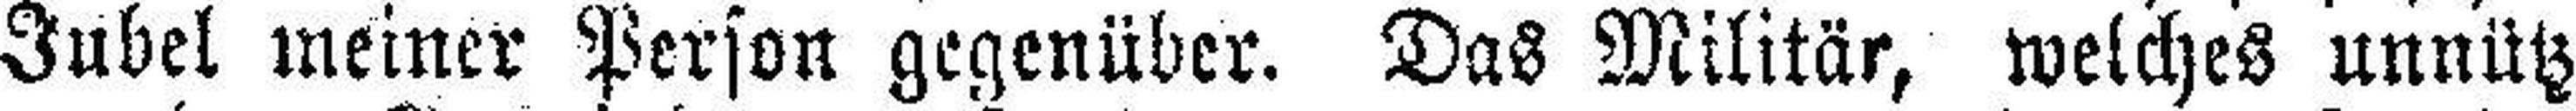
Jubel meiner Person gegenüber. Das Militär, welches unnütz